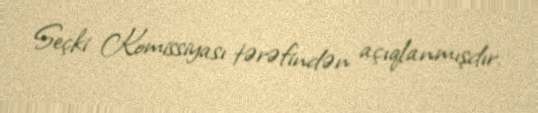
Seçki Komissiyası tərəfindən açıqlanmışdır.